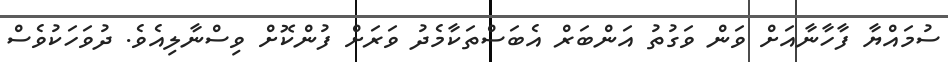
ސުމައްޔާ ފާހާނާއަށް ވަން ވަގުތު އަންބަރް އެބަސްތަކާމެދު ވަރަށް ފުންކޮށް ވިސްނާލިއެވެ. ދުވަހަކުވެސް